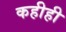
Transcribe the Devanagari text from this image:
कहीही